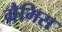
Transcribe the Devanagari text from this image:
ग्रैमिस